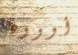
أوووه